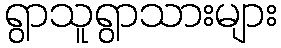
ရွာသူရွာသားများ